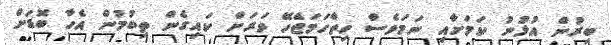
ބިރުން އުޅުނު ކަމަށާއި ނަމަވެސް ހިތްހަމަޖެހޭ ވަރަށް ކައިގެން ތިބުމުން އެހާ ބޮޑަށް